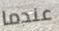
عندما